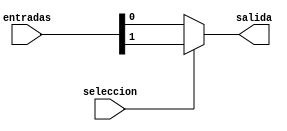
//Codigo de un multiplexor de 2 a 1

module Multiplexor(
	
	//Entradas de valores del multiplexor
	input[1:0] entradas,
	
	//Entrada de seleccion de multiplexor
	input seleccion,
	
	//Salida del multiplexor
	output reg salida
);

always@*
begin
	
	if (seleccion == 1)
	
		//La salida sera lo que este en la entrada con posicion 1
		salida = entradas[1];	
	
	else
	
		//La salida sera lo que este en la entrada con posicion 0
		salida = entradas[0];
		
end 
endmodule